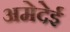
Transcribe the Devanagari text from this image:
अमेदेई